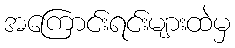
အကြောင်းရင်းများထဲမှ